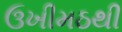
ઉખીમઠથી